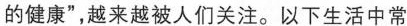
的健康”，越来越被人们关注。以下生活中常